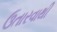
ઉતારવાથી